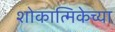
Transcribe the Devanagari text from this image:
शोकात्मिकेच्या